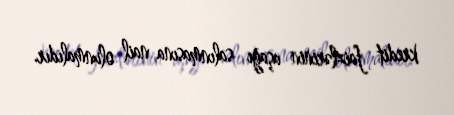
kredit faizlərinin aşağı salınmasına nail olunmalıdır.